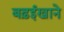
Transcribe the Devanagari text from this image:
बढ़ईखाने